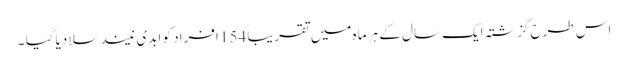
اس طرح گزشتہ ایک سال کے ہر ماہ میں تقریبا 154 افراد کو ابدی نیند سلا دیا گیا ۔